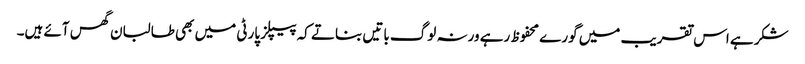
شکر ہے اس تقریب میں گورے محفوظ رہے ورنہ لوگ باتیں بناتے کہ پیپلز پارٹی میں بھی طالبان گھس آئے ہیں۔